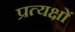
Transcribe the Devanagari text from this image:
प्रत्यक्षों